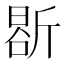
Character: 𭤤